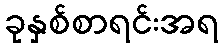
ခုနှစ်စာရင်းအရ